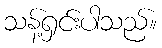
သန့်ရှင်းပါသည်။